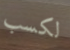
لكسب